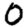
Digit: 0